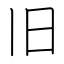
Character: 旧